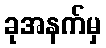
ခုအနက်မှ